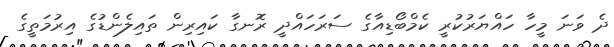
ދެ ވަނަ މީހާ ހައްޔަރުކުރީ ކެމްބޯޑިއާގެ ސަރަހައްދީ ރޮނގާ ކައިރިން ތައިލެންޑުގެ އިރުމަތީގެ